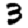
Digit: 3